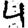
Digit: 4